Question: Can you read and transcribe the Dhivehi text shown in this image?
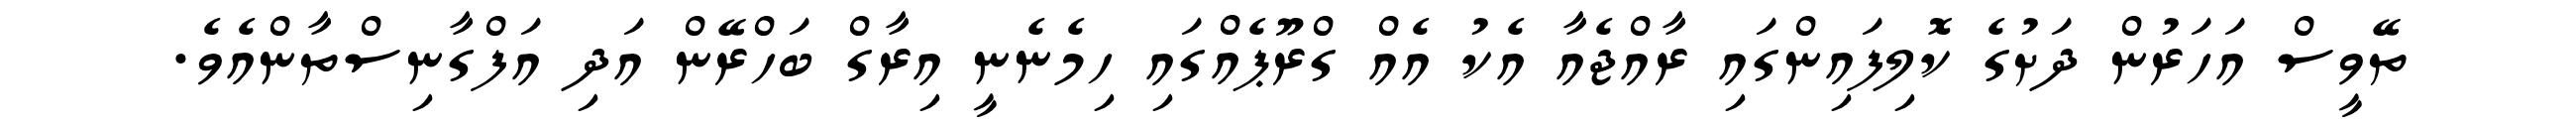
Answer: ތޭވީސް އަހަރުން ދަށުގެ ކޮލިފައިންގައި ރާއްޖެއާ އެކު އެއް ގްރޫޕެއްގައި ހިމެނެނީ އިރާގް ބަހްރޭން އަދި އަފްގާނިސްތާންއެވެ.